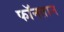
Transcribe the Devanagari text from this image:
फॉनतान